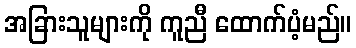
အခြားသူများကို ကူညီ ထောက်ပံ့မည်။